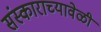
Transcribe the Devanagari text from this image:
संस्काराच्यावेळी